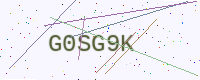
Text: G0SG9K